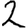
Digit: 2